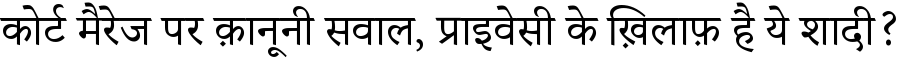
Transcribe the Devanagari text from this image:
कोर्ट मैरेज पर क़ानूनी सवाल, प्राइवेसी के ख़िलाफ़ है ये शादी?